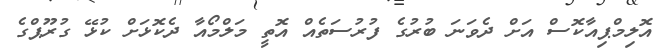
އޮލިމްޕިއާކޮސް އަށް ދެވަނަ ބުރުގެ ފުރުސަތެއް އޮތީ މަލްމޯއާ ދެކޮޅަށް ކުޅޭ ގުރޫޕްގެ